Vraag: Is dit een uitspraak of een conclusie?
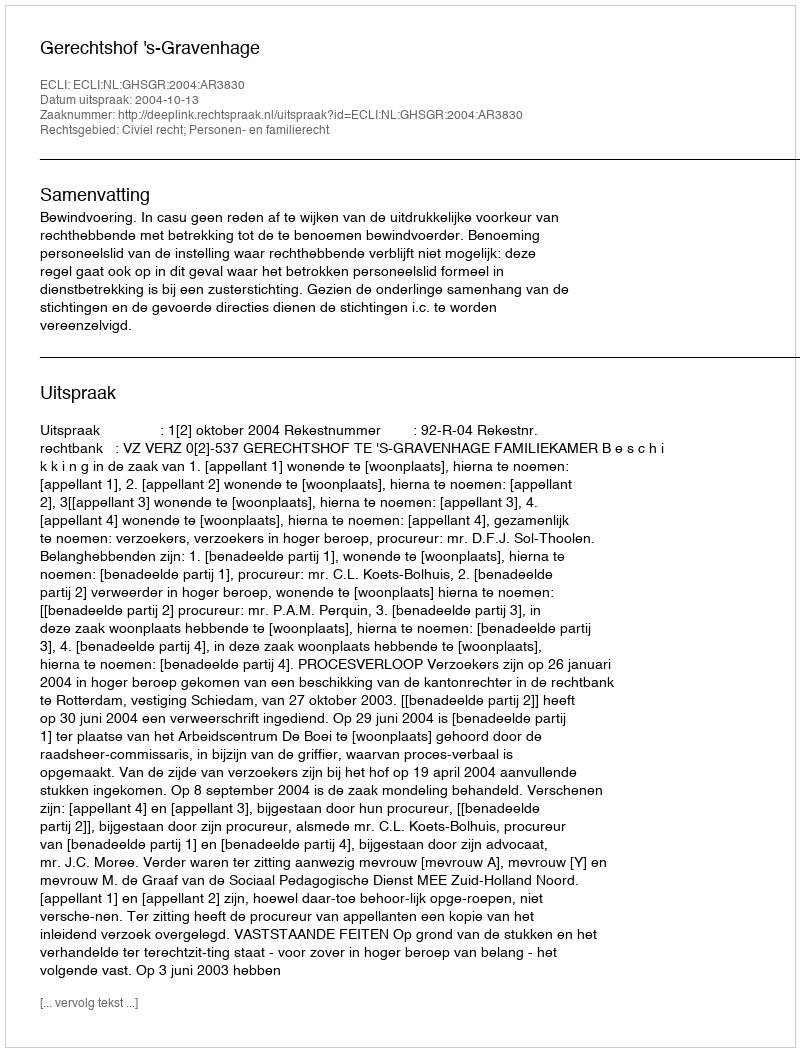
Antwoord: Uitspraak